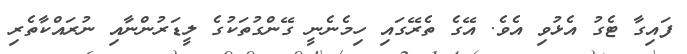
ފައިގާ ޓެގު އެޅުވި އެވެ. އޭގެ ތެރޭގައި ހިމެނެނީ ގޭންގުތަކުގެ ލީޑަރުންނާއި ނުރައްކާތެރި